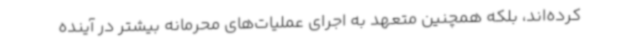
کرده‌اند، بلکه همچنین متعهد به اجرای عملیات‌های محرمانه بیشتر در آینده